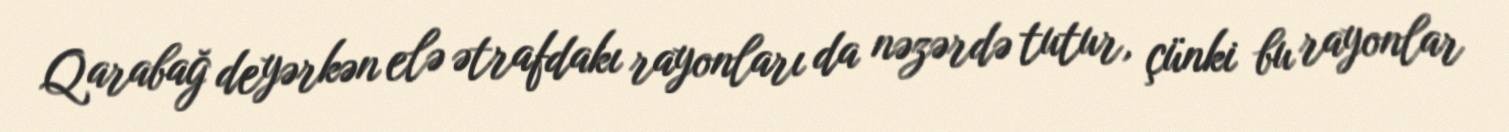
Qarabağ deyərkən elə ətrafdakı rayonları da nəzərdə tutur, çünki bu rayonlar